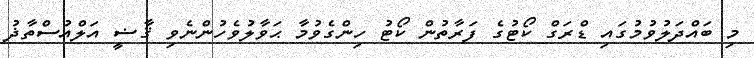
މި ބައްދަލުވުމުގައި ޑްރަގް ކޯޓުގެ ފަރާތުން ކޯޓު ހިންގެވުމާ ޙަވާލުވެހުންނެވި ޤާޟީ އަލްއުސްތާޛު